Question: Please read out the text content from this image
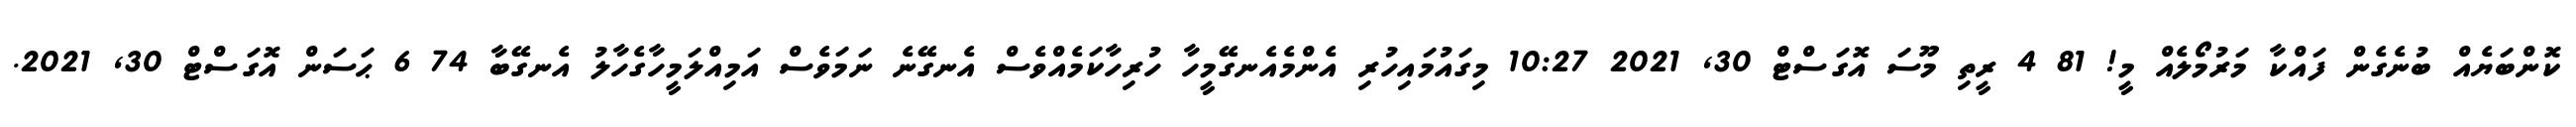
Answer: ކޮންބަޔެއް ބުނެގެން ފައްކާ މަރުމޯލެއް މީ! 81 4 ރީތި މޫސަ އޮގަސްޓް 30, 2021 10:27 މިގައުމައިހުރި އެންމެއެނގޭމީހާ ހުރިހާކަމެއްވެސް އެނގޭނެ ނަމަވެސް އަމިއްލަމީހާގެހާލު އެނގޭބާ 74 6 ޙަސަން އޮގަސްޓް 30, 2021.